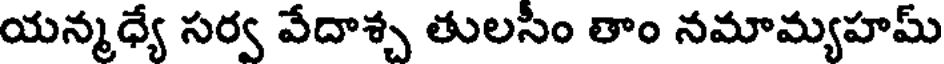
యన్మధ్యే సర్వ వేదాశ్చ తులసిం తాం నమామ్యహమ్